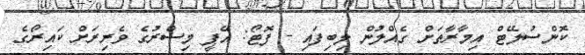
ކޮންސުލޭޓް އިމާރާތަށް ގެއްލުން ލިބިފައި - ފޮޓޯ: އޭޕީ މިސްރުގެ ވެރިރަށް ކައިރޯގެ